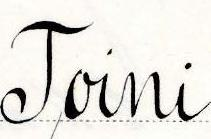
Toini